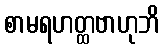
စာမရဟတ္ထဗာဟုဘိ